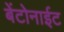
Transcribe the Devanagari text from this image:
बेंटोनाईट